Hæmogregarina gerbilli - Number 18
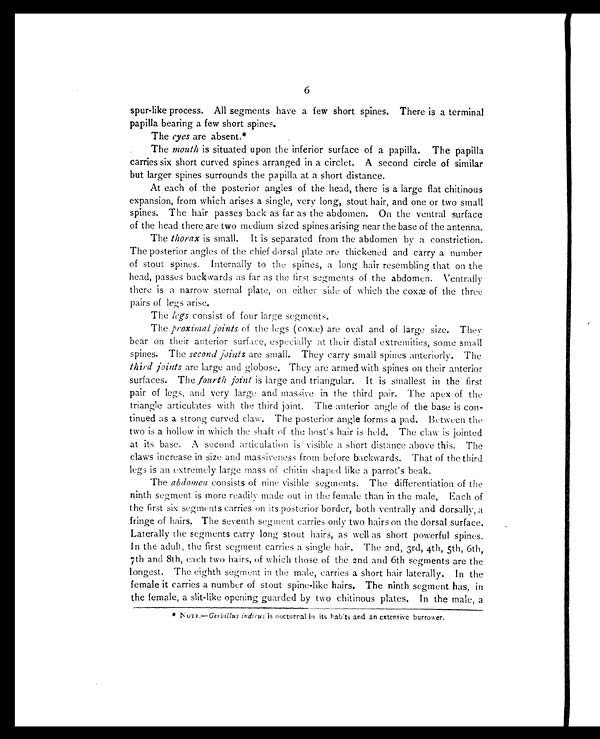
6
spur-like process. All segments have a few short spines. There is a terminal
papilla bearing a few short spines.
The eyes are absent.*
The mouth is situated upon the inferior surface of a papilla. The papilla
carries six short curved spines arranged in a circlet. A second circle of similar
but larger spines surrounds the papilla at a short distance.
At each of the posterior angles of the head, there is a large flat chitinous
expansion, from which arises a single, very long, stout hair, and one or two small
spines. The hair passes back as far as the abdomen. On the ventral surface
of the head there are two medium sized spines arising near the base of the antenna.
The thorax is small. It is separated from the abdomen by a constriction.
The posterior angles of the chief dorsal plate are thickened and carry a number
of stout spines. Internally to the spines, a long hair resembling that on the
head, passes backwards as far as the first segments of the abdomen. Ventrally
there is a narrow sternal plate, on either side of which the coxæ of the three
pairs of legs arise.
The legs consist of four large segments.
The proximal joints of the legs (coxæ) are oval and of large size. They
bear on their anterior surface, especially at their distal extremities, some small
spines. The second joints are small. They carry small spines anteriorly. The
third joints are large and globose. They are armed with spines on their anterior
surfaces. The fourth joint is large and triangular. It is smallest in the first
pair of legs, and very large and massive in the third pair. The apex of the
triangle articulates with the third joint. The anterior angle of the base is con-
tinued as a strong curved claw. The posterior angle forms a pad. Between the
two is a hollow in which the shaft of the host's hair is held. The claw is jointed
at its base. A second articulation is visible a short distance above this. The
claws increase in size and massiveness from before backwards. That of the third
legs is an extremely large mass of chitin shaped like a parrot's beak.
The abdomen consists of nine visible segments. The differentiation of the
ninth segment is more readily made out in the female than in the male. Each of
the first six segments carries on its posterior border, both ventrally and dorsally, a
fringe of hairs. The seventh segment carries only two hairs on the dorsal surface.
Laterally the segments carry long stout hairs, as well as short powerful spines.
In the adult, the first segment carries a single hair. The 2nd, 3rd, 4th, 5th, 6th,
7th and 8th, each two hairs, of which those of the 2nd and 6th segments are the
longest. The eighth segment in the male, carries a short hair laterally. In the
female it carries a number of stout spine-like hairs. The ninth segment has, in
the female, a slit-like opening guarded by two chitinous plates. In the male, a
* NOTE.— Gerbillus indicus is nocturnal in its habits and an extensive burrower .